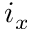
i _ { x }